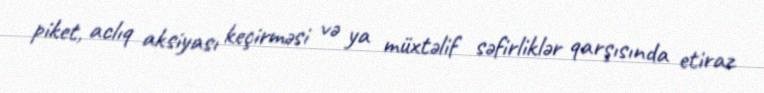
piket, aclıq aksiyası keçirməsi və ya müxtəlif səfirliklər qarşısında etiraz